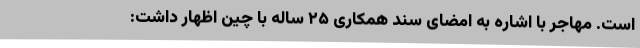
است. مهاجر با اشاره به امضای سند همکاری ۲۵ ساله با چین اظهار داشت: